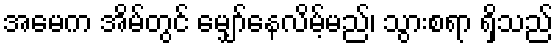
အမေက အိမ်တွင် မျှော်နေလိမ့်မည်၊ သွားစရာ ရှိသည်